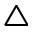
\bigtriangleup